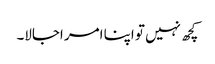
کچھ نہیں تو اپنا امر اجالا۔